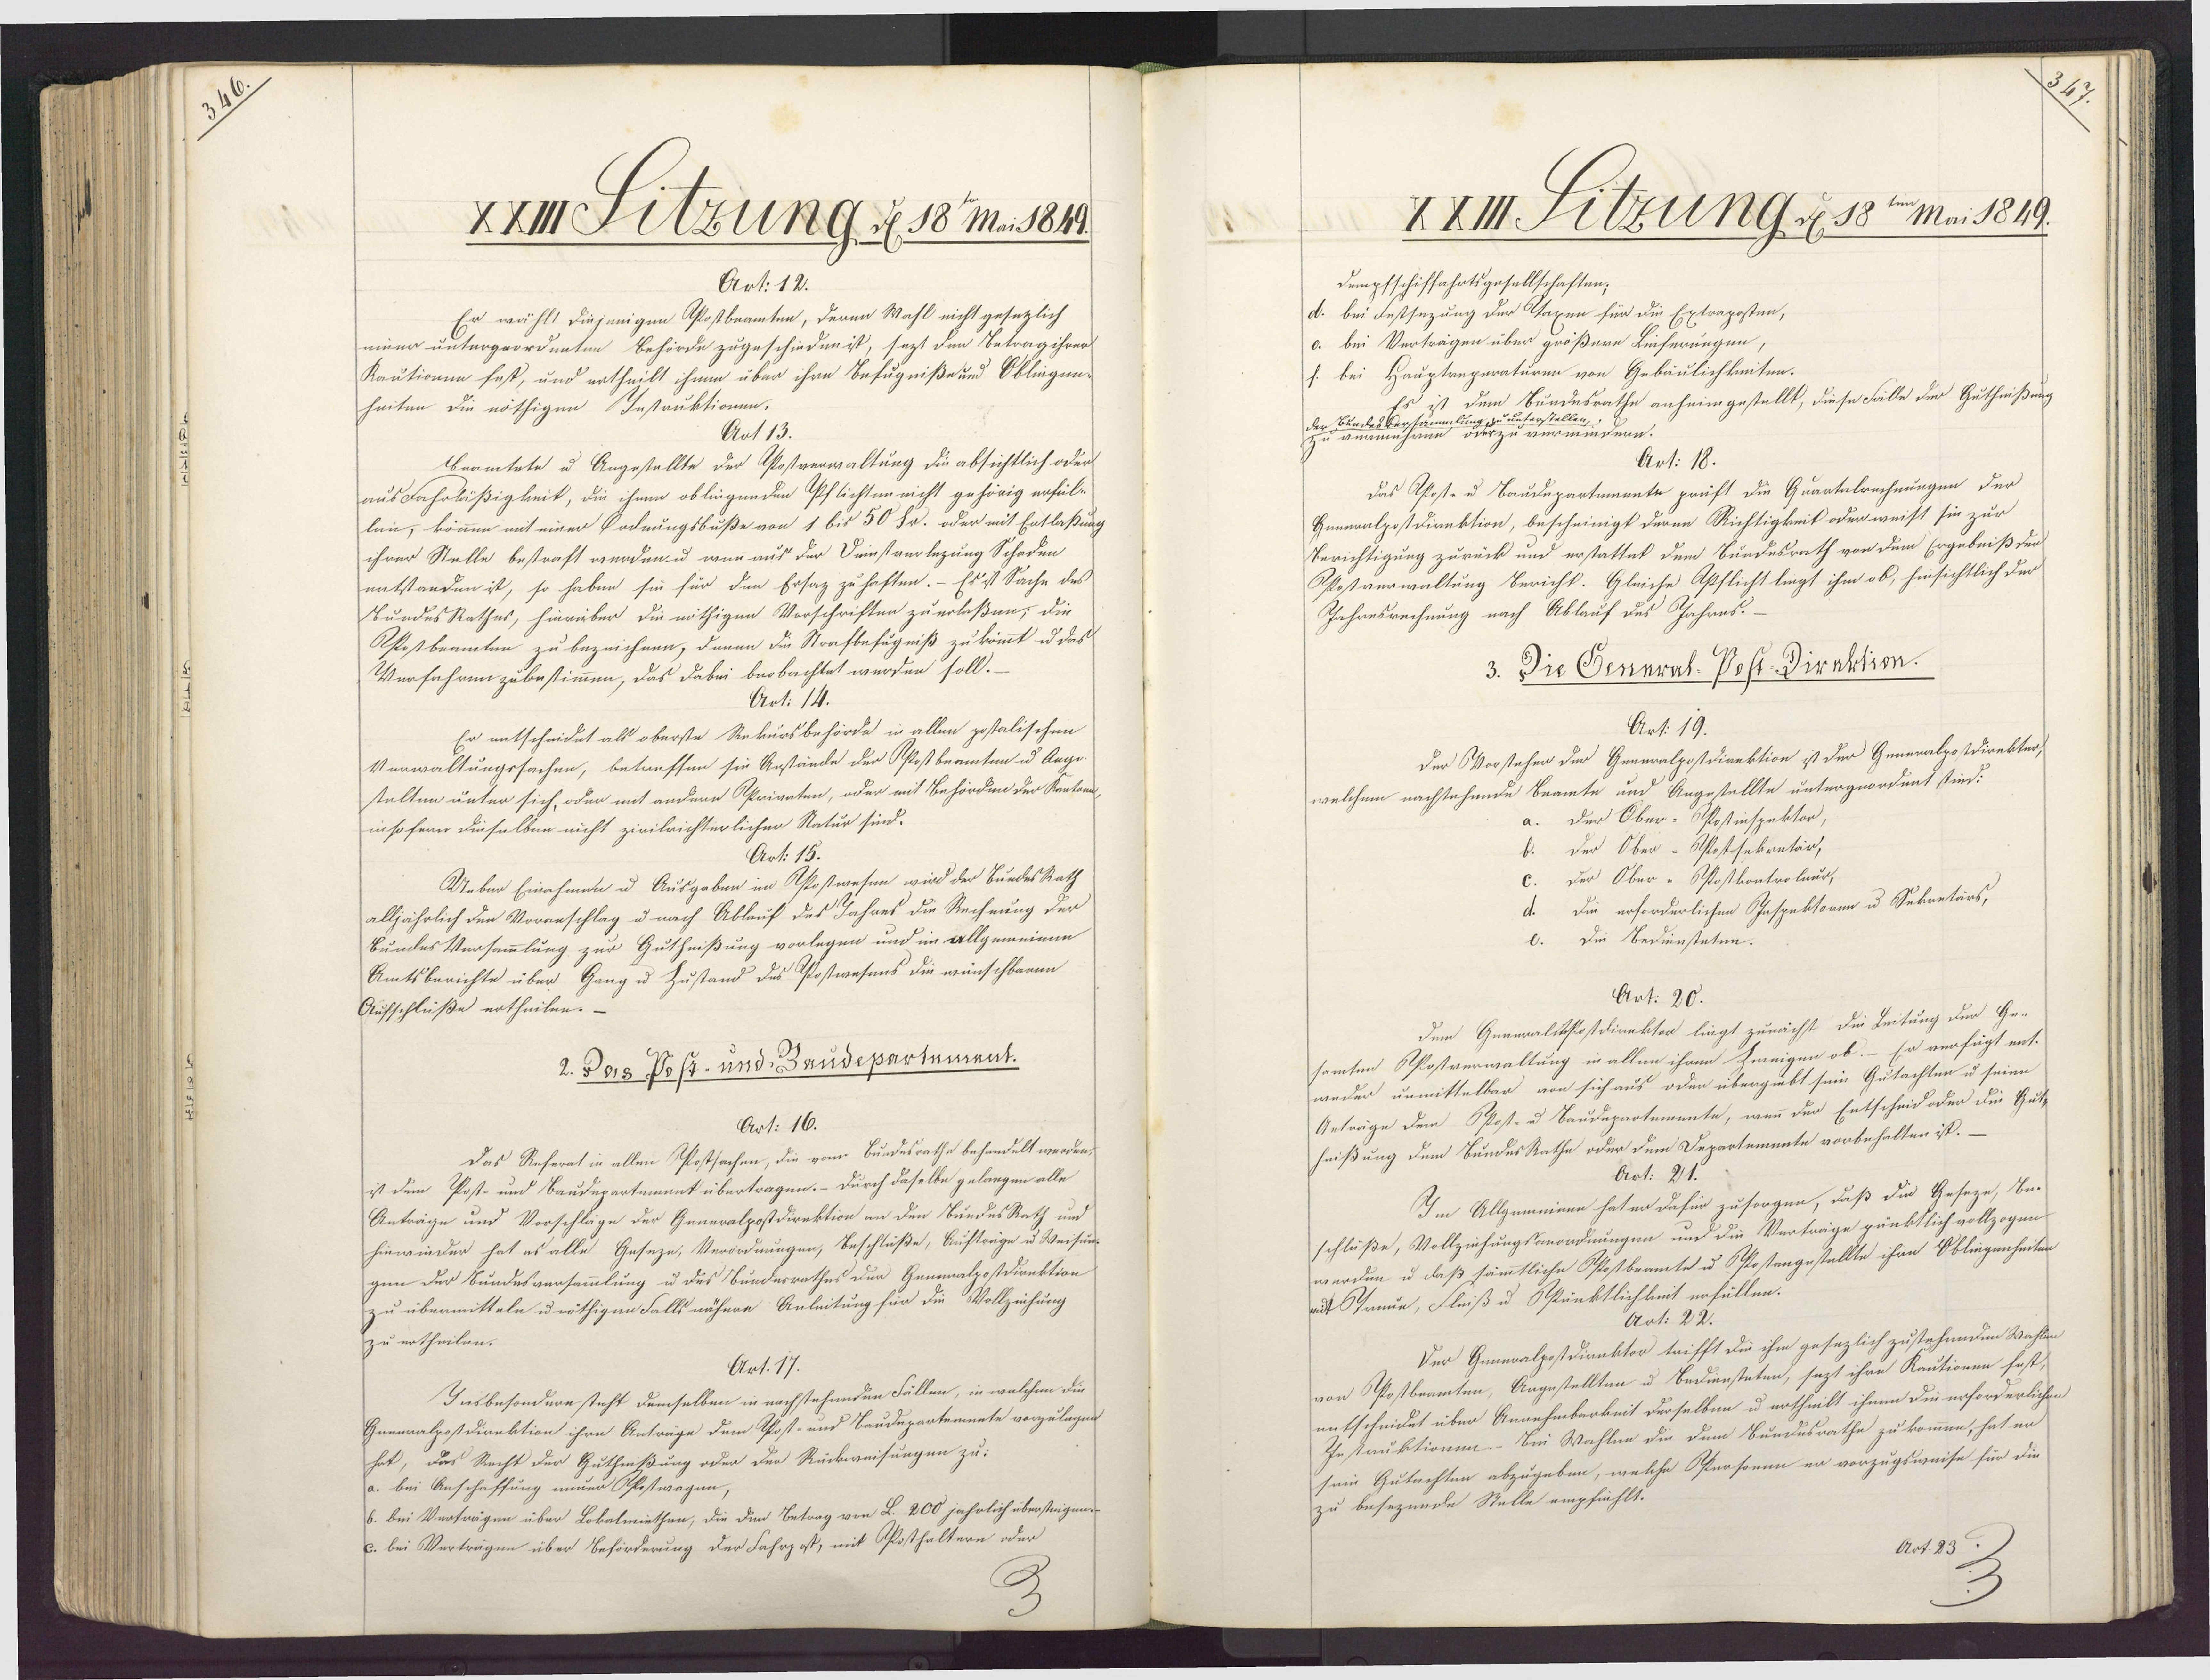
XXIIilzung d 18 Ma. 1849.
Art. 12.
Er wählt diejenigen Postbeamten, deren Wahl nicht gesetzlich
einer untergeordnnten Behörde zugeschieden ist, sezt den Betrag ihrer
Kautionen fest, und ertheilt ihmen über ihre Befugniße und Obliegen-
heiten die nöthigen Instruktionen.
Art 13.
beamtete u Angestellte der Postverwaltung die absichtlich oder
ausFahrläßigkeit, die ihnen oblingenden Pflichten nicht gehörig erfül-
lin, kömnen mit einer Oodnungsbuße von 1 bis 50 Fr. oder mit Entlaßung
ihrer Stelle bestraft werden u wenn aus der Deinstverlezung Schaden
entstanden ist, so haben sie für den Ersag zu haften. - Es st Sache des
BundesRathes, hierüber die nöthigen Vorschriften zu erlaßen; die
OPostbeamten zu bezeichnen, dennn die Strafbefugniß zu kommt u das
Verfahren zubestimmen, das dabei beobachtet werden soll.
Art. 14.
Er entscheidet als oberste Rekursbehörde in allen postalischen
Verwaltungssachen, betreffen sie Anstände der Postbeamten u Ange¬
stalten unter sich, oder mit andern Aprianten, oder mit Behörden der Kentand
in so fern dieselben nicht zivilrichterlicher Natur sind.
Art: 15.
Ueber Einahmen u Ausgaben im Asostwesen wird der BuedesRath
alljährlich den Voranschlag u nach Ablauf des Jahres die Rechnung der
Bundes Versammlung zur Gutheißung vorlegen und im allgemeinen
Amtsberichte über Gang u Zustand des Postwesens die wünschbaren
Aufschlüße ertheilen.-
2. Das Post- und Baudepartement.
Art: 16.
Das Referat in allen Postsachen, die vom Bundesrathe behandelt werden,
ist dem Post- und Baudepartemnnt übertragen. - Durch daselbe gelangen alle
Anträge und Vorschläge der Generalpostdirektion an den BuedesRath und
hinwieder hat es alle Geseze, Verordnungen, Beſchliße, Aufträge u Weisun-
gen der Bundesversammlung u des Bundesrathes der Genealzostdirektion
zu übermitteln u nöthigen Fallsnähere Anleitung für die Vollziehung
zu ertheilen.
Art. 17.
Insbesondere steht demselben in nachstehenden Fällen, in welchen die
Gnennalpostdirektion ihre Anträge dem Post- und Baudepartemnete vorzulegen
hat, das Recht der Guthnißung oder der Rückweisungen zu:
a. bei Anschaffung inner Ofestwagen,
6. bei Verträgen über Lokalmiethen, die den Betrag von L. 200 jährlich übersteigen
c. bei Verträgen über Beförderung der Fahrpost, mit Posthaltern oder

XXIII. Fitzung d 18ten Mai 1849.
Dempfschiffahrtsgesellschaften;
d. bei Festsezung der Staxen für die Extraposten,
o. bei Verträgen über größere Linferungen,
s. bei Hauptreperaturen von Gebäulichkeiten.
ist dem Bundesrathe anheimgestellt, diese Fälle der Guthnißung
zu unters
hi
herzu v.
indern.
Art: 18.
Das Apost- u Baudepartmaante präft die Quartalrechnungen der
Generalpostdirektion, bescheinigt deren Richtigkeit oder weist sie zur
Berichtigung zurück und erstattet dem Bundesrath von dem Ergebniß der
Rostaerwaltung Bericht. Gleiche Apflicht liegt ihm ob, hinsichtlich der
Jahresrechnung nach Ablauf des Jahres.
3. Die General-Post-Diraktion.
Art. 19.
Der VVorstehen der Generalpostdirektion ist der Generalpostdirekter,
welchem nachstehende Beamte und Angestellte untergeordent stind:
a. der Ober-Postinspektor,
der Ober-Aftostsekretär,
Der Ober "Postkontrolaur,
d. Die erforderlichen Inspektoren u Sekantärs,
C. Die Bediensteten.
Art. 20.
dem Generalckstostdirektor liegt zunächst die Leitung der Ge¬
samten Phostverwaltung in allen ihren Zweigen ob. - Er verfügt ent-
weder unmittelbar von sich aus oder übergiebt sein Gutachten u seiee
Anträge dem PPost- u Baudepartemente, wenn der Entscheidoder die Gutt
heißung dem BundesRathe oder dem Departemente vorbehalten ist.—
Art: 21.
Im Allgemeinee hat er dafür zusorgen, daß die Geseze, Be¬
schluße, Vollziehungsanordnungen und die Verträge pünktlich vollzogen
werden u daß sämmtliche Pfostbeamte u Postengestellte ihre Obliegenheiten
nit Stanue, Fleiß u Sünktlichkeit erfüllen.
Art. 22.
Der Generalpostdirektor trifft die ihm gesezlich zustehenden Wahlen
von Postbeamten, Angestellten u Bediensteten, jezt ihre Kautionen fast,
entscheidet über Annehmbarkeit derselben u ertheilt ihnen die erforderlichen
Iestauktionen. - Bin Wahlen die dem Bundesrathe zu kommen, hat er
sein Gutachten abzugeben, welche Personen er vorzugsweise für die
zu besezende Stelle empfüehlt.
Art. 23.)

347.